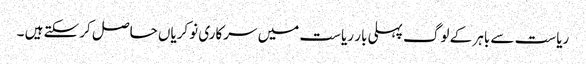
ریاست سے باہر کے لوگ پہلی بار ریاست میں سرکاری نوکریاں حاصل کرسکتے ہیں ۔